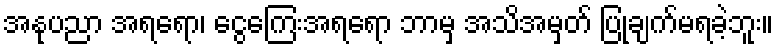
အနုပညာ အရရော၊ ငွေကြေးအရရော ဘာမှ အသိအမှတ် ပြုချက်မရခဲ့ဘူး။